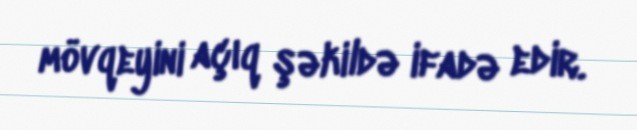
mövqeyini açıq şəkildə ifadə edir.